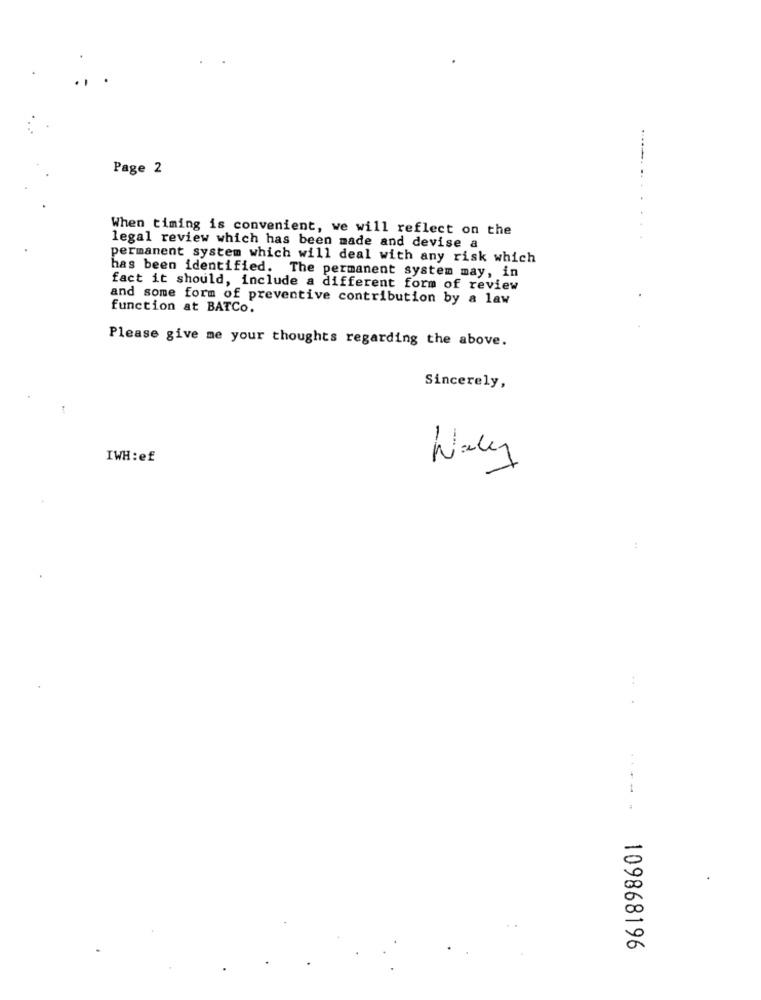
Page 2
When timing is convenient, we will reflect on the
legal review which has been made and devise a
permanent system which will deal with any risk which
has been identified. The permanent system may, in
fact it should, include a different form of review
and some form of preventive contribution by a law
function at BATCo.
Please give me your thoughts regarding the above.
Sincerely,
IWH :ef
Wally
:
109868196